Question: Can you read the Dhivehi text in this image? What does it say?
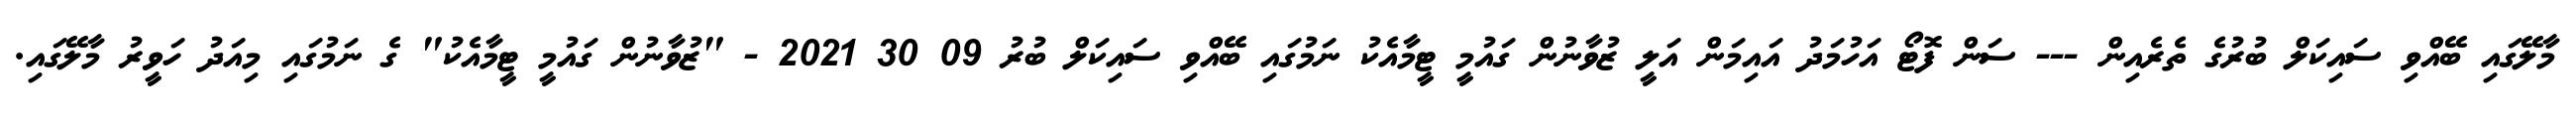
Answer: މާލޭގައި ބޭއްވި ސައިކަލް ބުރުގެ ތެރެއިން --- ސަން ފޮޓޯ އަހުމަދު އައިމަން އަލީ ޒުވާނުން ގައުމީ ޓީމާއެކު ނަމުގައި ބޭއްވި ސައިކަލް ބުރު 09 30 2021 - "ޒުވާނުން ގައުމީ ޓީމާއެކު" ގެ ނަމުގައި މިއަދު ހަވީރު މާލޭގައި.